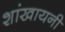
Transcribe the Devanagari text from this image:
शांखायनी